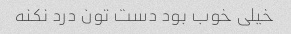
خیلی خوب بود دست تون درد نکنه